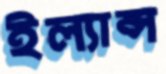
ইল্যান্স